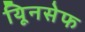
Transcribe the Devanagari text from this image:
यिूनसेफ